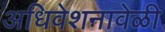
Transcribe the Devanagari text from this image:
अधिवेशनावेळी